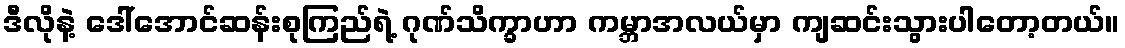
ဒီလိုနဲ့ ဒေါ်အောင်ဆန်းစုကြည်ရဲ့ ဂုဏ်သိက္ခာဟာ ကမ္ဘာအလယ်မှာ ကျဆင်းသွားပါတော့တယ်။